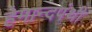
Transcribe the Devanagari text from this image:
हेमान्दपंथी